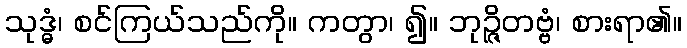
သုဒ္ဓံ၊ စင်ကြယ်သည်ကို။ ကတွာ၊ ၍။ ဘုဉ္ဇိတဗ္ဗံ၊ စားရာ၏။